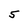
Character: 5